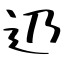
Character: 辸